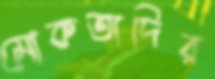
মোকতাদির